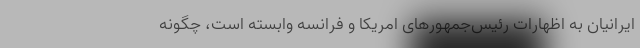
ایرانیان به اظهارات رئیس‌جمهورهای امریکا و فرانسه وابسته است، چگونه